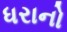
ધરાનો